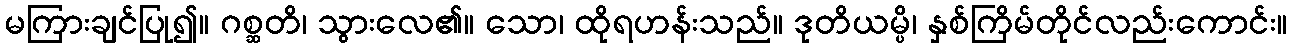
မကြားချင်ပြု၍။ ဂစ္ဆတိ၊ သွားလေ၏။ သော၊ ထိုရဟန်းသည်။ ဒုတိယမ္ပိ၊ နှစ်ကြိမ်တိုင်လည်းကောင်း။